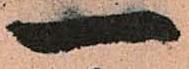
一